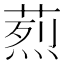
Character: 𦶣